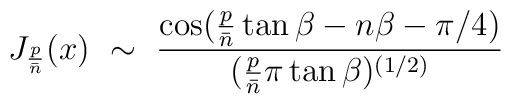
J_{{p \over {\bar n}}}(x)~\sim~{ \cos({p \over {\bar n}} \tan\beta -n\beta -\pi/4)\over( {p \over {\bar n}}\pi\tan\beta)^{(1/2)}}